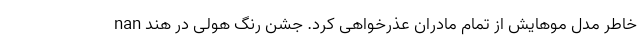
خاطر مدل موهایش از تمام مادران عذرخواهی کرد. جشن رنگ هولی در هند nan